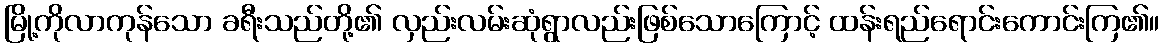
မြို့ကိုလာကုန်သော ခရီးသည်တို့၏ လှည်းလမ်းဆုံရွာလည်းဖြစ်သောကြောင့် ထန်းရည်ရောင်းကောင်းကြ၏။